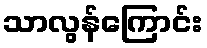
သာလွန်ကြောင်း